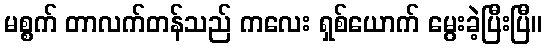
မစ္စက် တာလက်တန်သည် ကလေး ရှစ်ယောက် မွေးခဲ့ပြီးပြီ။